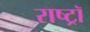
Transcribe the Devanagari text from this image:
राष्ट्रॉ